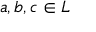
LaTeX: a , b , c \in L